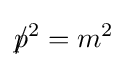
p\!\!\!/^{2}=m^{2}\